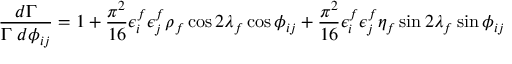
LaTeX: \frac { d \Gamma } { \Gamma \ d \phi _ { i j } } = 1 + \frac { \pi ^ { 2 } } { 1 6 } \epsilon _ { i } ^ { f } \epsilon _ { j } ^ { f } \rho _ { f } \cos 2 \lambda _ { f } \cos \phi _ { i j } + \frac { \pi ^ { 2 } } { 1 6 } \epsilon _ { i } ^ { f } \epsilon _ { j } ^ { f } \eta _ { f } \sin 2 \lambda _ { f } \sin \phi _ { i j }